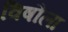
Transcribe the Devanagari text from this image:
विषौला